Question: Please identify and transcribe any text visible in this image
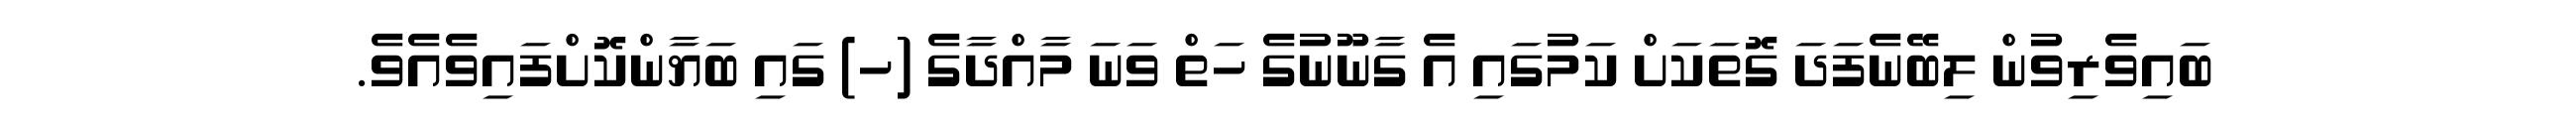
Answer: ބައިވެރިވުން ލިބޭނެފަދަ ގޮތަކަށް ކަމުގައި އެ ގާނޫނުގެ ހަތް ވަނަ މާއްދާގެ (ހ) ގައި ބަޔާންކޮށްފައިވެއެވެ.